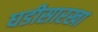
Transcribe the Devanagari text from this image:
घडीसारखा